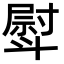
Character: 𣂊